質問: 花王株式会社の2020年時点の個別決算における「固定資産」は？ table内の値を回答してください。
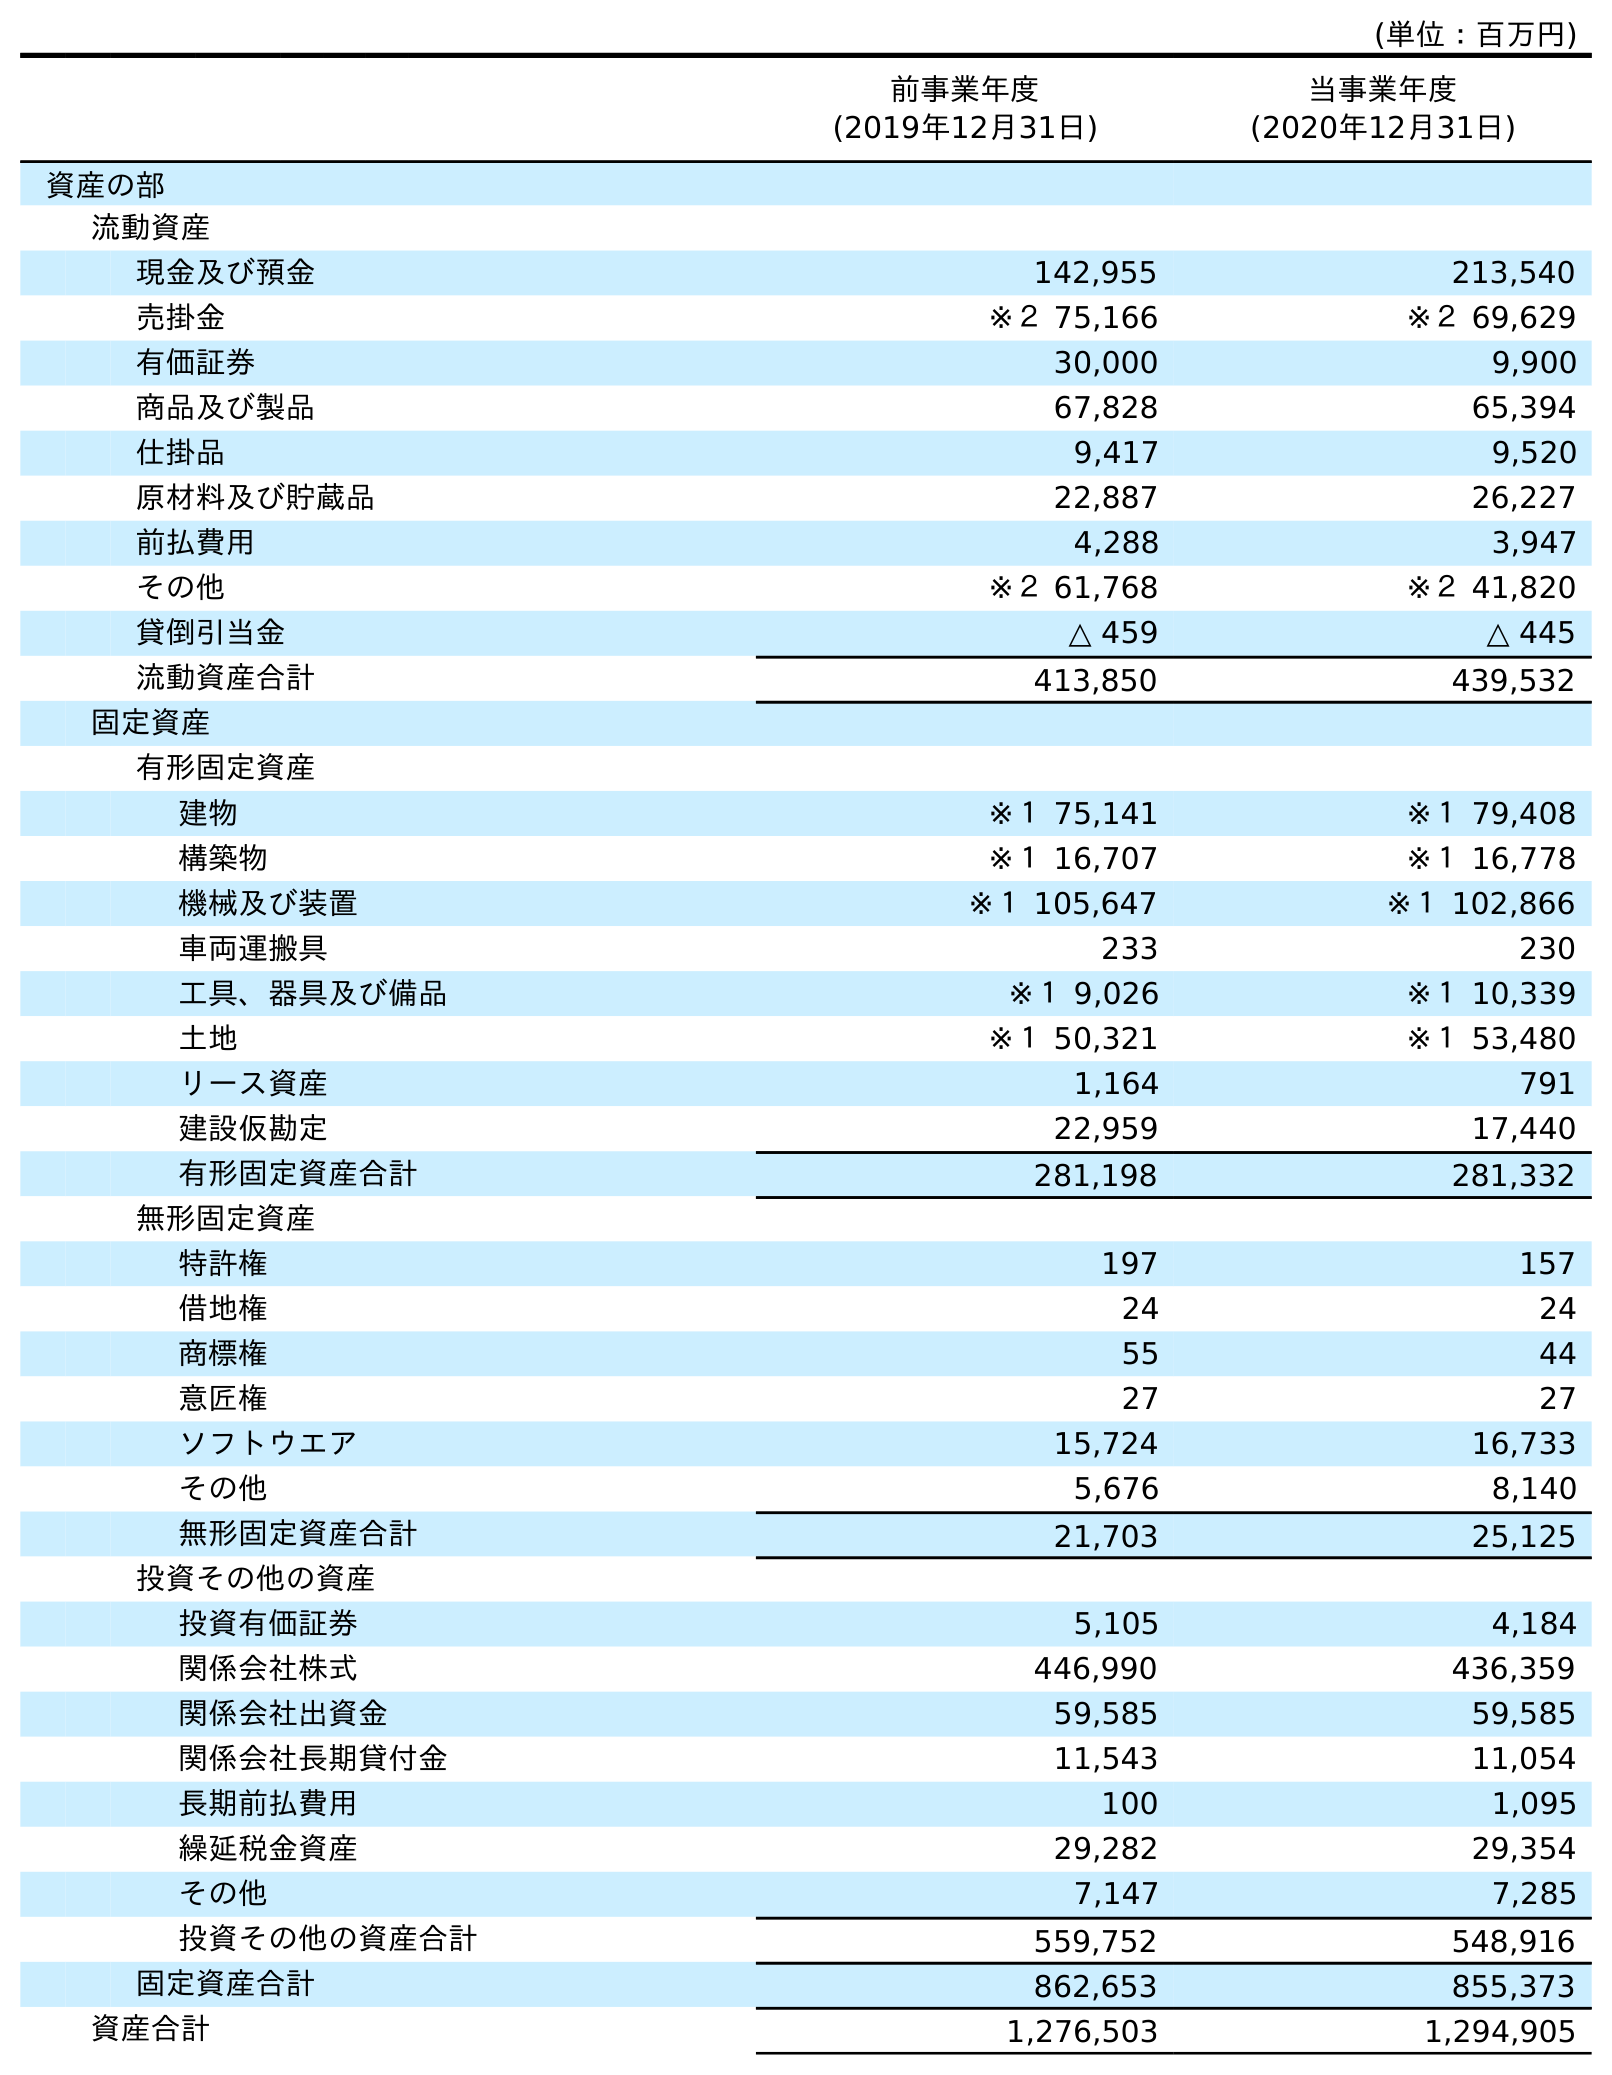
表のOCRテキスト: (単位：百万円) 前事業年度 (2019年12月31日) 当事業年度 (2020年12月31日) 資産の部 流動資産 現金及び預金 142,955 213,540 売掛金 ※２ 75,166 ※２ 69,629 有価証券 30,000 9,900 商品及び製品 67,828 65,394 仕掛品 9,417 9,520 原材料及び貯蔵品 22,887 26,227 前払費用 4,288 3,947 その他 ※２ 61,768 ※２ 41,820 貸倒引当金 △ 459 △ 445 流動資産合計 413,850 439,532 固定資産 有形固定資産 建物 ※１ 75,141 ※１ 79,408 構築物 ※１ 16,707 ※１ 16,778 機械及び装置 ※１ 105,647 ※１ 102,866 車両運搬具 233 230 工具、器具及び備品 ※１ 9,026 ※１ 10,339 土地 ※１ 50,321 ※１ 53,480 リース資産 1,164 791 建設仮勘定 22,959 17,440 有形固定資産合計 281,198 281,332 無形固定資産 特許権 197 157 借地権 24 24 商標権 55 44 意匠権 27 27 ソフトウエア 15,724 16,733 その他 5,676 8,140 無形固定資産合計 21,703 25,125 投資その他の資産 投資有価証券 5,105 4,184 関係会社株式 446,990 436,359 関係会社出資金 59,585 59,585 関係会社長期貸付金 11,543 11,054 長期前払費用 100 1,095 繰延税金資産 29,282 29,354 その他 7,147 7,285 投資その他の資産合計 559,752 548,916 固定資産合計 862,653 855,373 資産合計 1,276,503 1,294,905
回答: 855,373